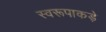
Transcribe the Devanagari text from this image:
स्वरूपाकड़े